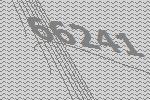
66241